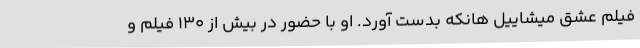
فیلم عشق میشاییل هانکه بدست آورد. او با حضور در بیش از ۱۳۰ فیلم و